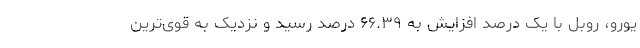
یورو، روبل با یک درصد افزایش به ۶۶.۳۹ درصد رسید و نزدیک به قوی‌ترین